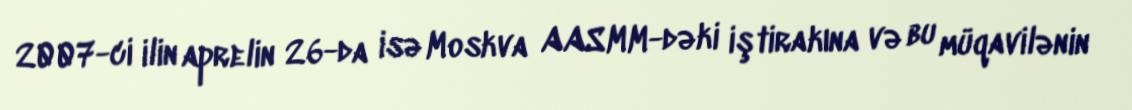
2007-ci ilin aprelin 26-da isə Moskva AASMM-dəki iştirakına və bu müqavilənin